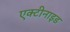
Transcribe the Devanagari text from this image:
एक्टीनाइड